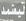
تيشمد